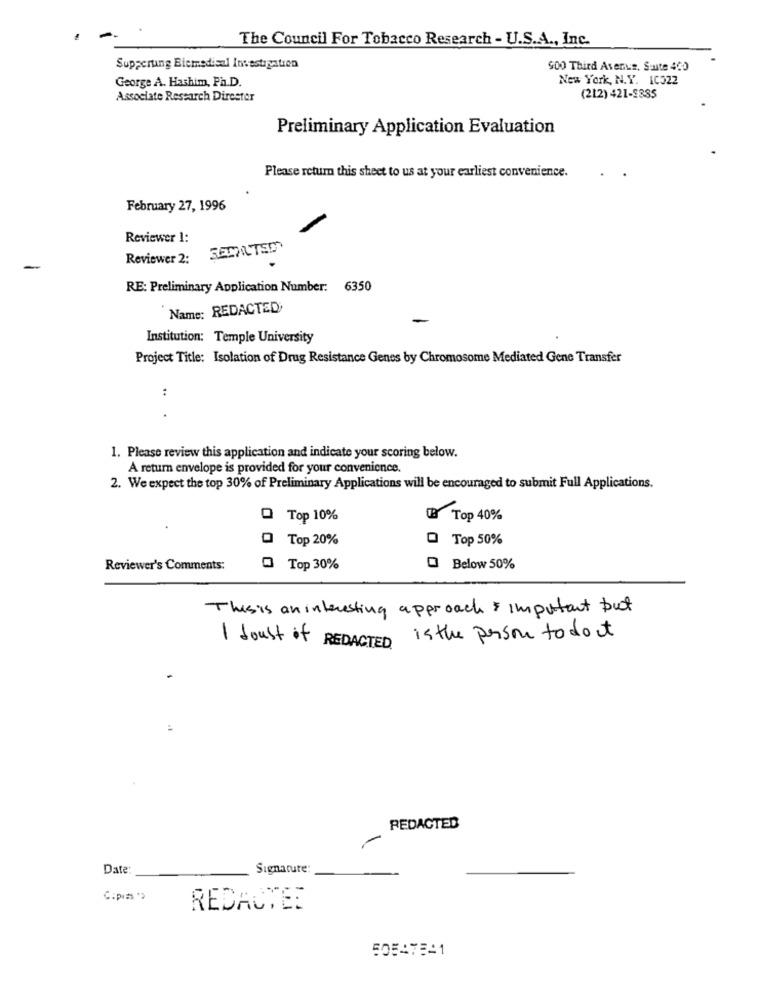
-
The Council For Tobacco Research - U.S.A ., Inc.
Supperung Bicmedical Investigation
900 Third Avenue, Soute 480
New York, N.Y. 10522
George A. Hashim, Ph.D.
Associate Research Direster
(212) 421-9385
Preliminary Application Evaluation
Please return this sheet to us at your earliest convenience.
February 27, 1996
Reviewer 1:
Reviewer 2:
RE: Preliminary Application Number: 6350
Name: REDACTED
Institution: Temple University
Project Title: Isolation of Drug Resistance Genes by Chromosome Mediated Gene Transfer
:
1. Please review this application and indicate your scoring below.
A return envelope is provided for your convenience.
2. We expect the top 30% of Preliminary Applications will be encouraged to submit Full Applications.
Top 10%
13 Top 40%
Top 20%
O Top 50%
Reviewer's Comments:
@ Top 30%
Below 50%
Thisis an interesting approach & important but
I doust of REDACTED is the person to doct
REDACTED
Date:
Signature:
C:pi=s ">
REDACTEE
50547541